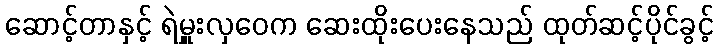
ဆောင့်တာနှင့် ရဲမှူးလှဝေက ဆေးထိုးပေးနေသည် ထုတ်ဆင့်ပိုင်ခွင့်